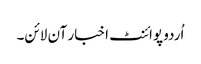
اُردو پوائنٹ اخبار آن لائن۔